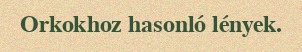
Orkokhoz hasonló lények.